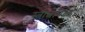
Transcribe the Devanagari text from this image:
स्त्रीत्वापेक्षा